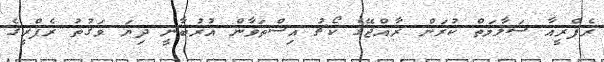
ރެފްރީއާ ސަލާމަތް ކުރަން ރާއްޖޭގެ ކޯޗު އިސްތަވާން އުރުބާނީ ދިޔަ ވަގުތު ރެފްރީގެ